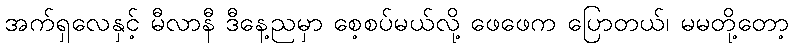
အက်ရှလေနှင့် မီလာနီ ဒီနေ့ညမှာ စေ့စပ်မယ်လို့ ဖေဖေက ပြောတယ်၊ မမတို့တော့